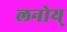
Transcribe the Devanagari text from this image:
लनोय्